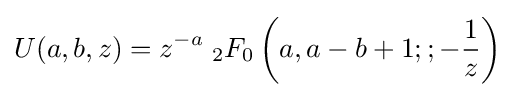
U(a,b,z)=z^{-a}\;{}_{2}F_{0}\left(a,a-b+1;;-{\frac {1}{z}}\right)